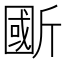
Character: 𣂽